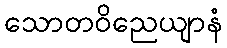
သောတဝိညေယျာနံ